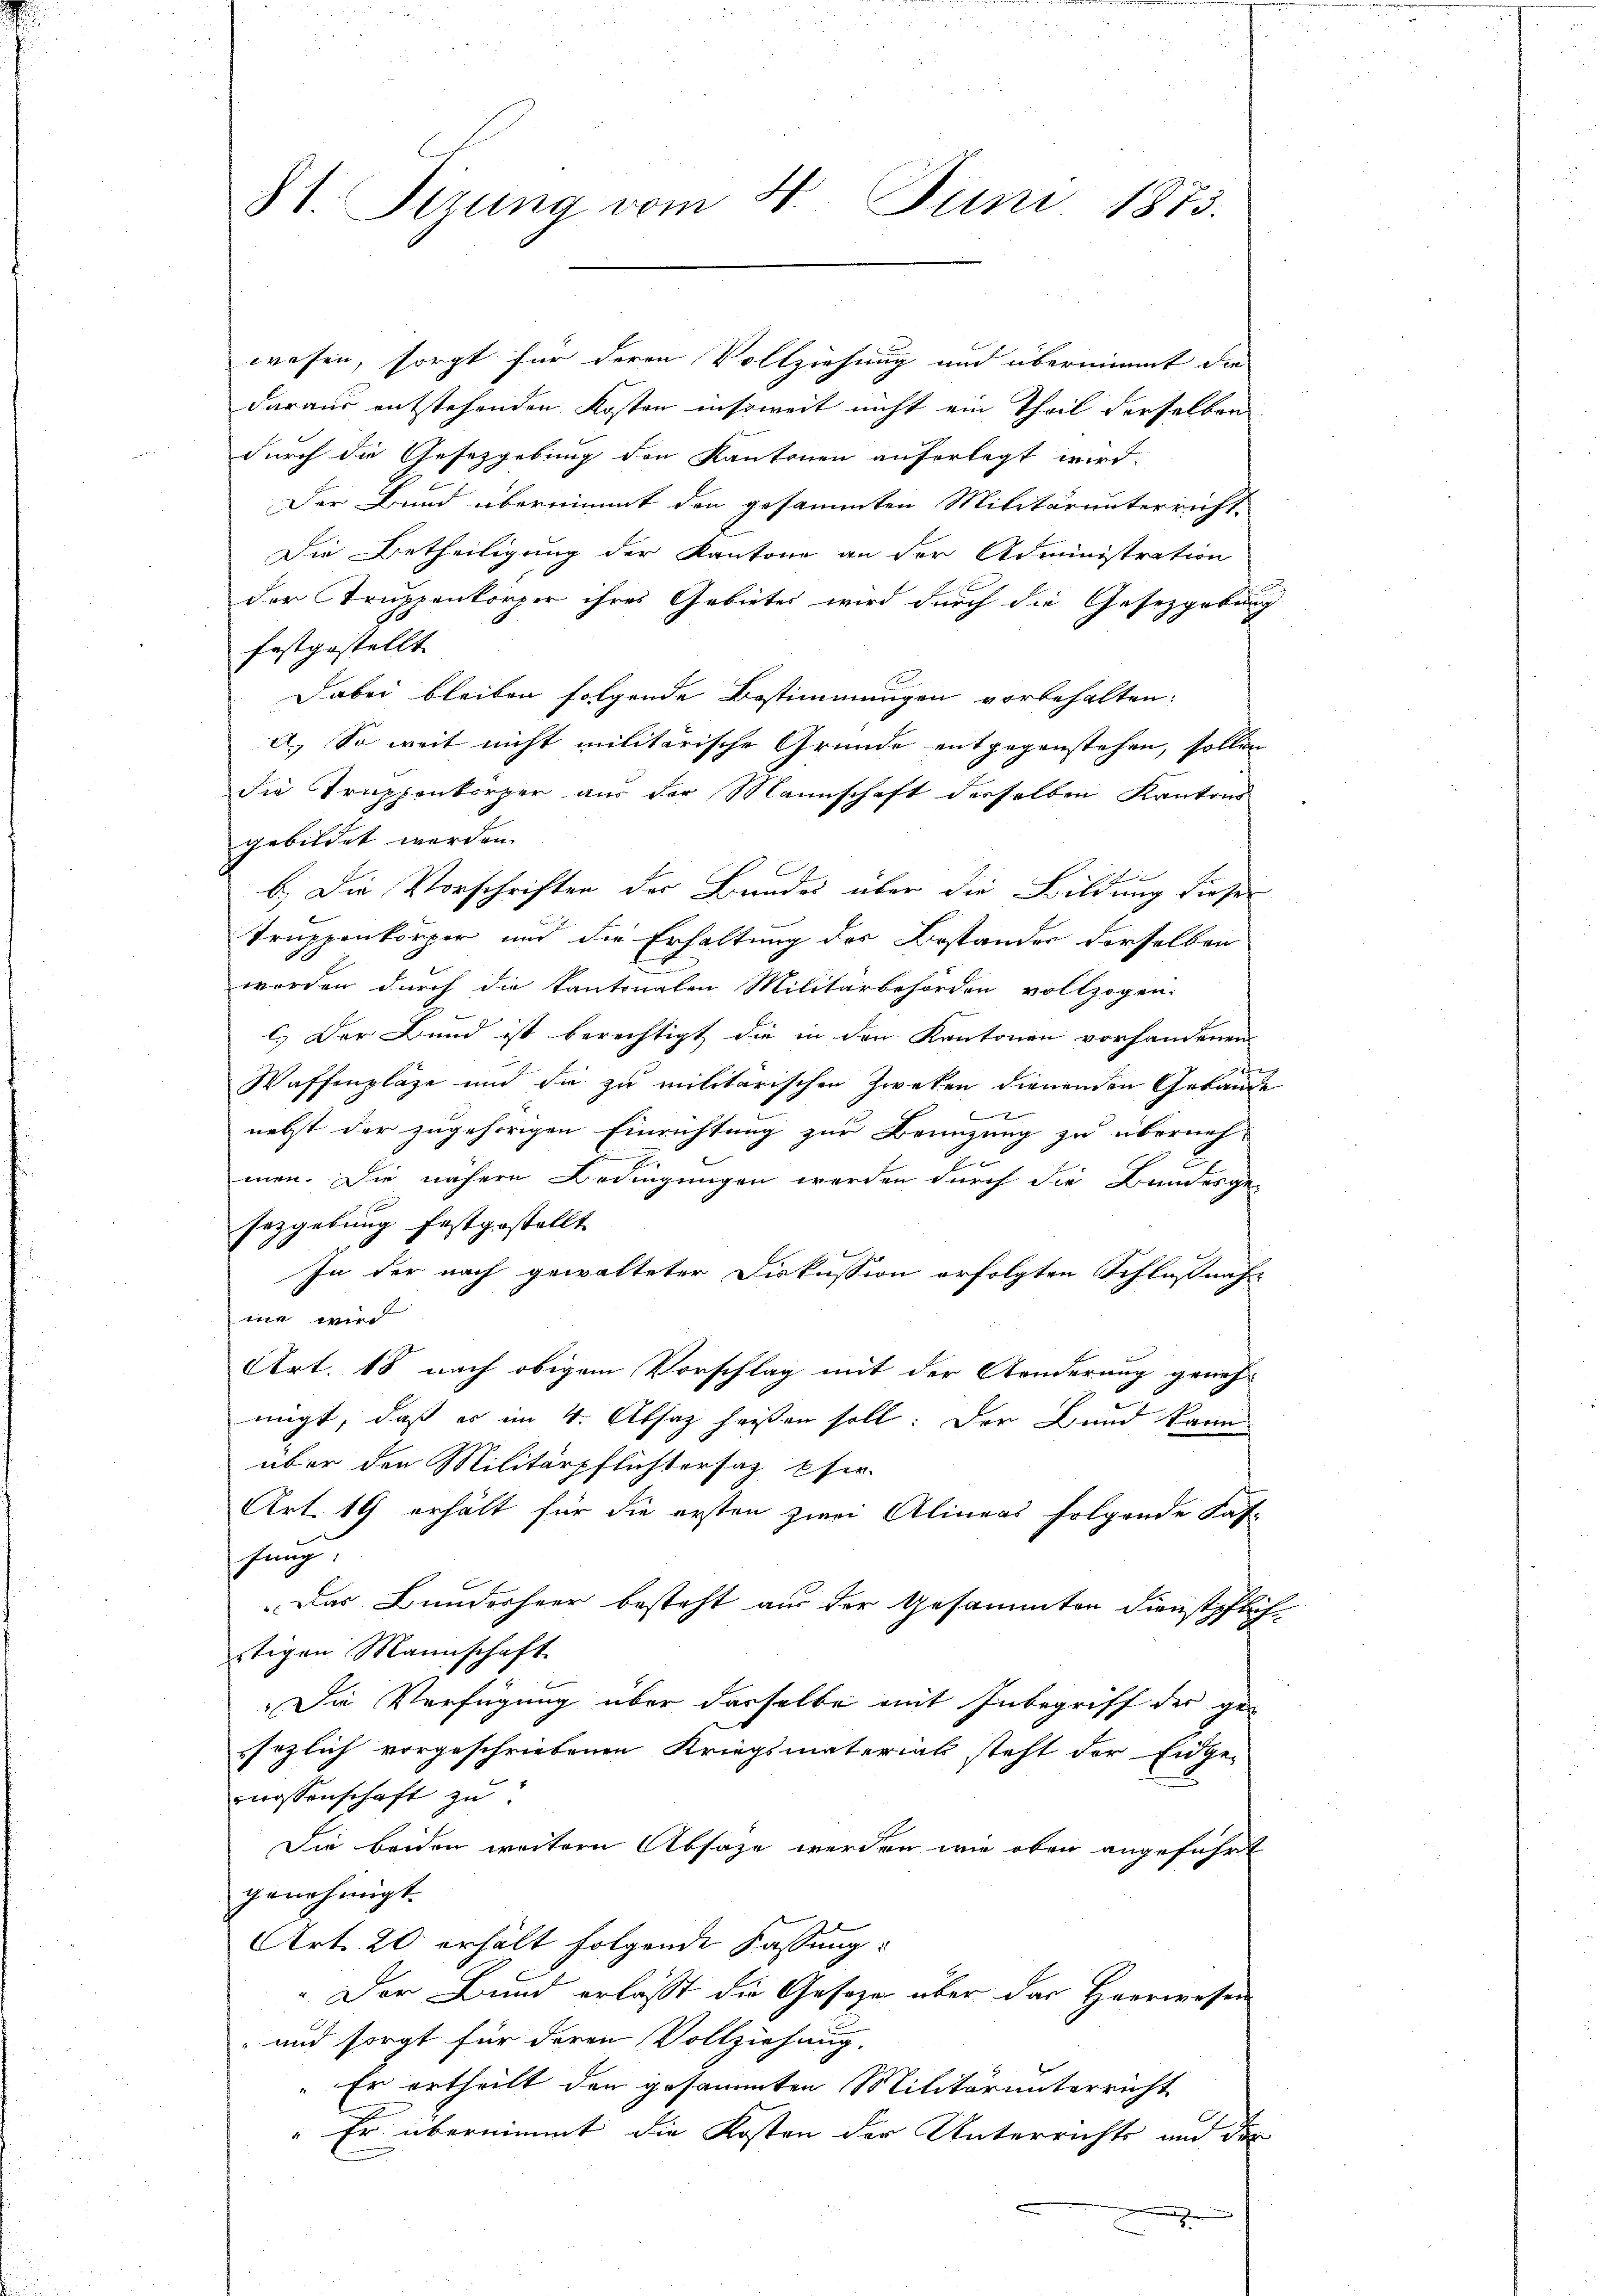
81. Sezung vom 4. Juni 1873.

wesen, sorgt für deren Vollziehung und übernimmt die
daraus entstehenden Kosten insoweit nicht ein Theil derselben
durch die Gesetzgebung den Kantonen auferlegt wird.
Der Bund übernimmt den gesammten Militärunterricht
Die Betheiligung der Kantone an der Administration
der Truppenkörper ihres Gebietes wird durch die Gesetzgebung
festgestellt
Dabei bleiben folgende Bestimmungen vorbehalten:
a) So weit nicht militärische Gründe entgegenstehen, sollen
die Truppenkörper aus der Mannschaft derselben Kantons
gebildet werden.

b.) Die Vorschriften der Bundes über die Bildung dieser
Truppenkörper und die Erhaltung des Bestandes derselben
worden durch die Kantonalen Militärbehörden vollzogen.
c.) Der Bund ist berechtigt die in den Kantonen vorhandenen
Waffenpläge und die zu militärischen Zweken dienenden Gebäude
2
nebst der zugehörigen Einrichtung zur Brünzung zu überneh-
men. Die nähere Bedingungen werden durch die Banderge-
sezgebung festgestellt
In der nach gewalteter Diskussion erfolgten Schlußnahe
me wird
Art. 18 nach obigem Vorschlag mit der Aenderung geneh-
migt, daß es im 4. Absaz heißen soll: Der Bund kann
über den Militärpflichtersaz Efer-
Art. 19 erhält für die ersten zwei Alineas folgende Fas-
hung
Das Bundesheer besteht aus der Gesammten dienstpflichstigen Mannschaft.
Die Verfügung über dasselbe mit Inbegriff der gesezlich vorgeschriebenen Kriegsmaterial steht der Eidge-
wassenschaft zu
Die beiden weitern Absage werden wie oben angeführt
genehmigt.
Art. 20 erhält folgende Fassung:
" Der Bund erlasst die Geseze über das Heerwesen
und sorgt für deren Vollziehung.
" Er ertheilt den gesammten Militärunterricht
"Er übernimmt die Kosten der Unterrichts und der
x